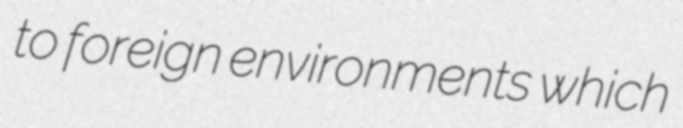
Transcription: to foreign environments which